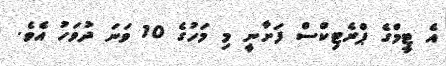
އެ ޓީމްގެ ޕްރެޓިކްސް ފަށާނީ މި މަހުގެ 10 ވަނަ ދުވަހު އެވެ.